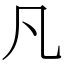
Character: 凡